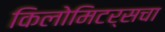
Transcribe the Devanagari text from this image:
किलोमिटर्सचा